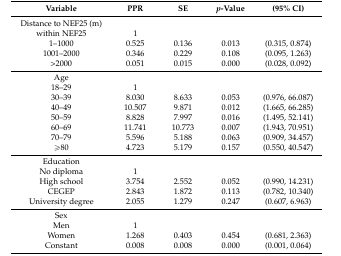
<table><thead><tr><td><b>Variable</b></td><td><b>PPR</b></td><td><b>SE</b></td><td><b><i>p</i>-Value</b></td><td><b>(95% CI)</b></td></tr></thead><tbody><tr><td>Distance to NEF25 (m)</td><td></td><td></td><td></td><td></td></tr><tr><td>within NEF25</td><td>1</td><td></td><td></td><td></td></tr><tr><td>1–1000</td><td>0.525</td><td>0.136</td><td>0.013</td><td>(0.315, 0.874)</td></tr><tr><td>1001–2000</td><td>0.346</td><td>0.229</td><td>0.108</td><td>(0.095, 1.263)</td></tr><tr><td>&gt;2000</td><td>0.051</td><td>0.015</td><td>0.000</td><td>(0.028, 0.092)</td></tr><tr><td>Age</td><td></td><td></td><td></td><td></td></tr><tr><td>18–29</td><td>1</td><td></td><td></td><td></td></tr><tr><td>30–39</td><td>8.030</td><td>8.633</td><td>0.053</td><td>(0.976, 66.087)</td></tr><tr><td>40–49</td><td>10.507</td><td>9.871</td><td>0.012</td><td>(1.665, 66.285)</td></tr><tr><td>50–59</td><td>8.828</td><td>7.997</td><td>0.016</td><td>(1.495, 52.141)</td></tr><tr><td>60–69</td><td>11.741</td><td>10.773</td><td>0.007</td><td>(1.943, 70.951)</td></tr><tr><td>70–79</td><td>5.596</td><td>5.188</td><td>0.063</td><td>(0.909, 34.457)</td></tr><tr><td>≥80</td><td>4.723</td><td>5.179</td><td>0.157</td><td>(0.550, 40.547)</td></tr><tr><td>Education</td><td></td><td></td><td></td><td></td></tr><tr><td>No diploma</td><td>1</td><td></td><td></td><td></td></tr><tr><td>High school</td><td>3.754</td><td>2.552</td><td>0.052</td><td>(0.990, 14.231)</td></tr><tr><td>CEGEP</td><td>2.843</td><td>1.872</td><td>0.113</td><td>(0.782, 10.340)</td></tr><tr><td>University degree</td><td>2.055</td><td>1.279</td><td>0.247</td><td>(0.607, 6.963)</td></tr><tr><td>Sex</td><td></td><td></td><td></td><td></td></tr><tr><td>Men</td><td>1</td><td></td><td></td><td></td></tr><tr><td>Women</td><td>1.268</td><td>0.403</td><td>0.454</td><td>(0.681, 2.363)</td></tr><tr><td>Constant</td><td>0.008</td><td>0.008</td><td>0.000</td><td>(0.001, 0.064)</td></tr></tbody></table>